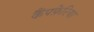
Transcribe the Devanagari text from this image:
कैंपफ़ेरिया